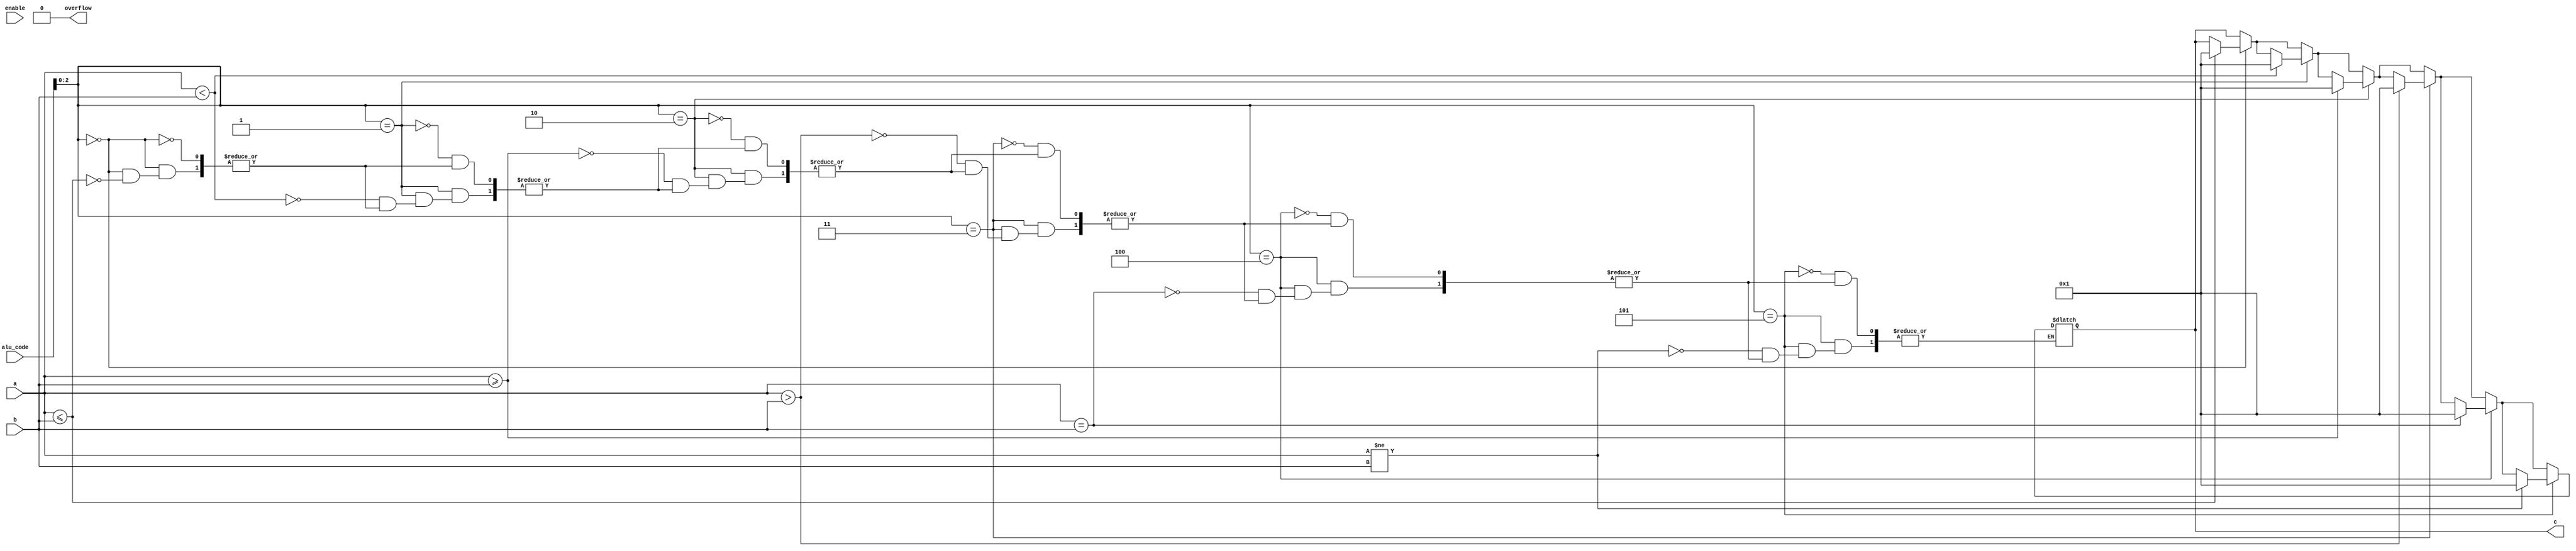
module set(c, overflow, a, b, alu_code, enable);

output reg [15:0] c;
output reg overflow;

input [15:0] a,b;
input [4:0] alu_code;
input enable;

initial
begin
	overflow = 1'b0;
	c = 16'b0000000000000000;
end

always @(enable) begin

	//sle
	if (alu_code[2:0] == 3'b000)
	begin
		if (a <= b)
			c = 16'b0000000000000001;
	end

	//slt
	if (alu_code[2:0] == 3'b001)
	begin
		if (a < b)
			c = 16'b0000000000000001;
	end
	
	//sge
	if (alu_code[2:0] == 3'b010)
	begin
		if (a >= b)
			c = 16'b0000000000000001;
	end
	
	//sgt
	if (alu_code[2:0] == 3'b011)
	begin
		if (a > b)
			c = 16'b0000000000000001;
	end
	
	//seq
	if (alu_code[2:0] == 3'b100)
	begin
		if (a == b)
			c = 16'b0000000000000001;
	end
	
	//sne
	if (alu_code[2:0] == 3'b101)
	begin
		if (a != b)
			c = 16'b0000000000000001;
	end
end

endmodule